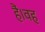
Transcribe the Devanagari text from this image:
हैं।वह